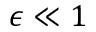
\epsilon \ll 1